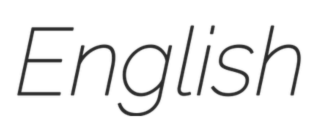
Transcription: English